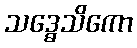
သဒ္ဓေသိကော